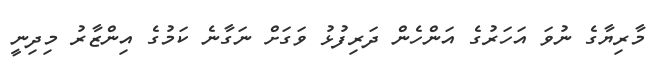
މާރިޔާގެ ނުވަ އަހަރުގެ އަންހެން ދަރިފުޅު ވަގަށް ނަގާނެ ކަމުގެ އިންޒާރު މިދިނީ